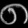
Digit: ၈